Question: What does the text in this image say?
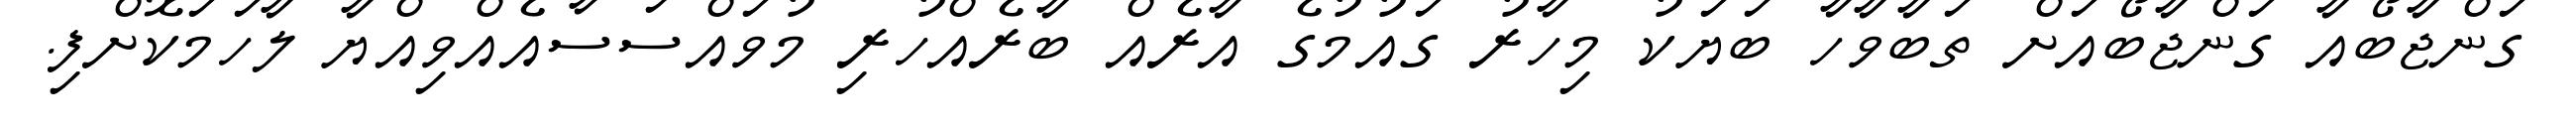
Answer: ގަންޖާބޯއާ ގަންޖާބޯއަށް ތަބާވާހާ ބަޔަކު މިހާރު ގައުމުގެ އާރެއް ބާރެއްހުރި މުވައްސަސާއެއްވިއްޔާ ލާހަމަކޮށްފި.